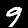
Digit: 9